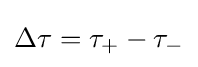
\Delta \tau =\tau _{+}-\tau _{-}